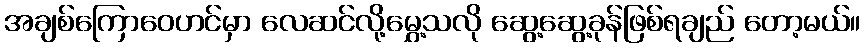
အချစ်ကြောဝေဟင်မှာ လေဆင်လို့မွှေ့သလို ဆွေ့ဆွေ့ခုန်ဖြစ်ရချည် တော့မယ်။